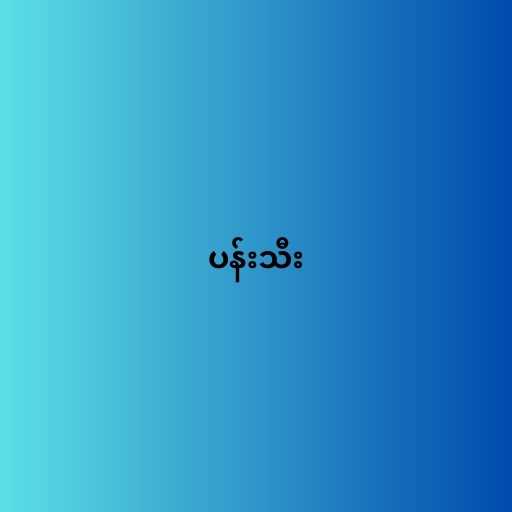
ပန်းသီး